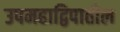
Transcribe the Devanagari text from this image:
उपमहाद्विपातील